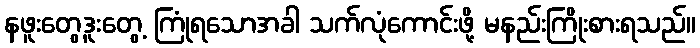
နဖူးတွေ့ဒူးတွေ့ ကြုံရသောအခါ သက်လုံကောင်းဖို့ မနည်းကြိုးစားရသည်။